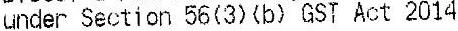
UNDER SECTION 56(3)(B) GST ACT 2014